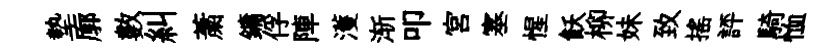
墊廓數糾䔥鏞俘陣濩渐叩宮塞惺飫柳妹致揺評騎恤